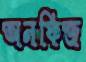
অনফিজ